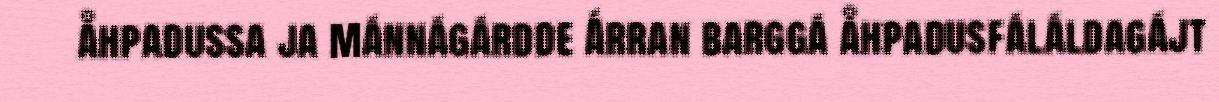
åhpadussa ja mánnágárdde Árran barggá åhpadusfáláldagájt